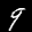
Label: 9